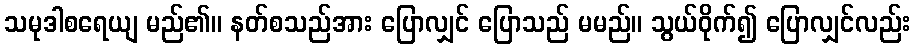
သမုဒါစရေယျ မည်၏။ နတ်စသည်အား ပြောလျှင် ပြောသည် မမည်။ သွယ်ဝိုက်၍ ပြောလျှင်လည်း